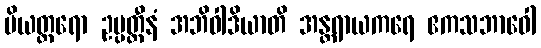
ပိယတ္တရော ဥပ္ပတ္တီနံ အဘိဝါဒိယာတိ အန္တရာယကရေ ဧကသဘာဝေါ